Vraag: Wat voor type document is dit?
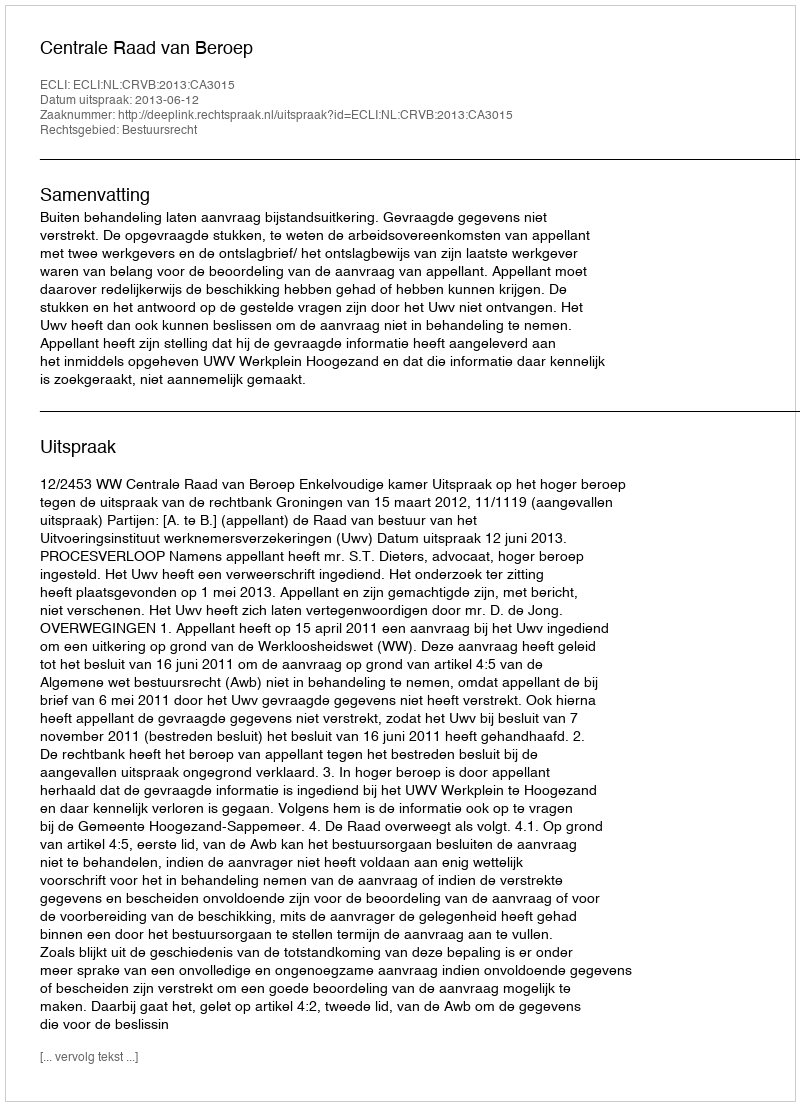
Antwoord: Uitspraak